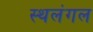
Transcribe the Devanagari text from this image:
स्थलंगल